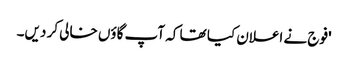
'فوج نے اعلان کیا تھا کہ آپ گاؤں خالی کر دیں۔